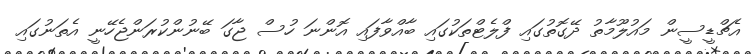
އެޗްޑީސީން މައުލޫމާތު ދޭގޮތުގައި ފްލެޓްތަކުގައި ބާއްވާފައި އޮންނަ ހުސް ޖާގަ ބޭނުންކުރަންޖެހޭނީ އެތަނުގައި